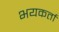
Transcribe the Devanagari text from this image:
भयकर्ता